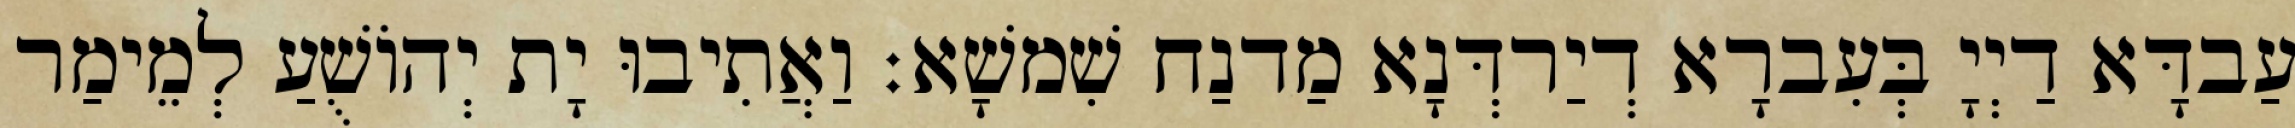
עַבדָּא דַיְיָ בְּעִברָא דְיַרדְּנָא מַדנַח שִׁמשָׁא׃ וַאֲתִיבוּ יָת יְהוֹשֻׁעַ לְמֵימַר